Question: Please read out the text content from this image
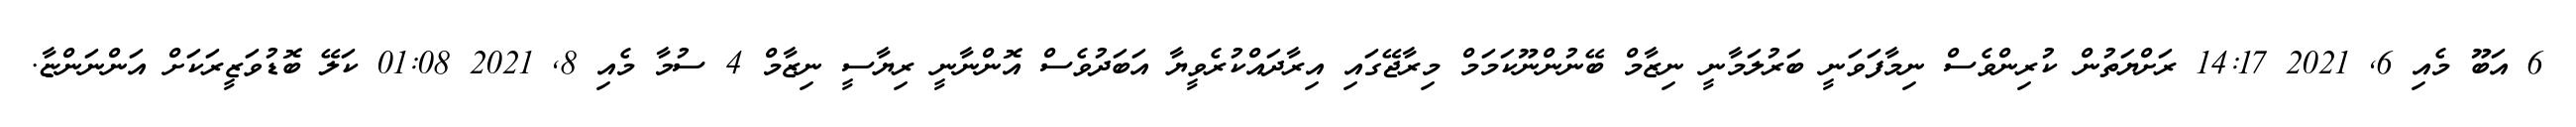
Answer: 6 އަބޫ މެއި 6, 2021 14:17 ރަށްޔަތުން ކުރިންވެސް ނިމާފަވަނީ ބަރުލަމާނީ ނިޒާމް ބޭނުންނޫކަމަމް މިރާޖޭގައި އިރާދައްކުރެވީޔާ އަބަދުވެސް އޮންނާނީ ރިޔާސީ ނިޒާމް 4 ސުމާ މެއި 8, 2021 01:08 ކަލޭ ބޮޑުވަޒީރަކަށް އަންނަންޏާ.